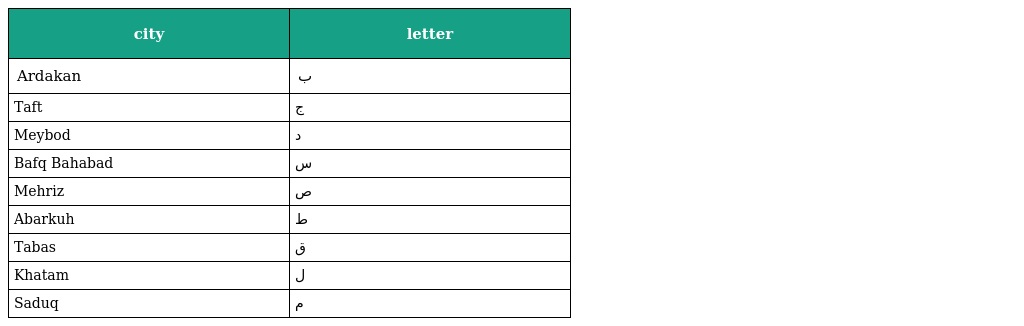
| city | letter |
 | --- | --- |
 | Ardakan | ب |
 | Taft | ج |
 | Meybod | د |
 | Bafq Bahabad | س |
 | Mehriz | ص |
 | Abarkuh | ط |
 | Tabas | ق |
 | Khatam | ل |
 | Saduq | م |